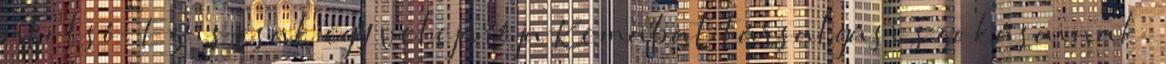
utolsó. Ez is csak egy velejárója Kemabat társalgási szokásainak,